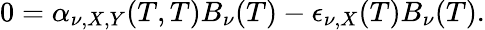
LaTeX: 0=\alpha_{\nu,X,Y}(T,T)B_{\nu}(T)-\epsilon_{\nu,X}(T)B_{\nu}(T).